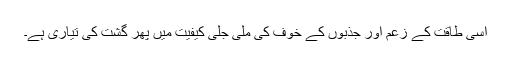
اسی طاقت کے زعم اور جذبوں کے خوف کی ملی جلی کیفیت میں پھر گشت کی تیاری ہے۔